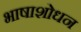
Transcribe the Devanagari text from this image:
भाषाशोधन